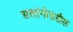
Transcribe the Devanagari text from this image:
सलांगोरातील